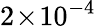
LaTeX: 2\! \times\! 10^{-4}